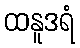
ထနူဒရံ